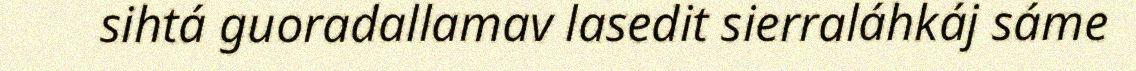
sihtá guoradallamav lasedit sierraláhkáj sáme